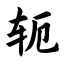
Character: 轭